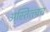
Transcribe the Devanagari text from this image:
अस्तित्त्वच